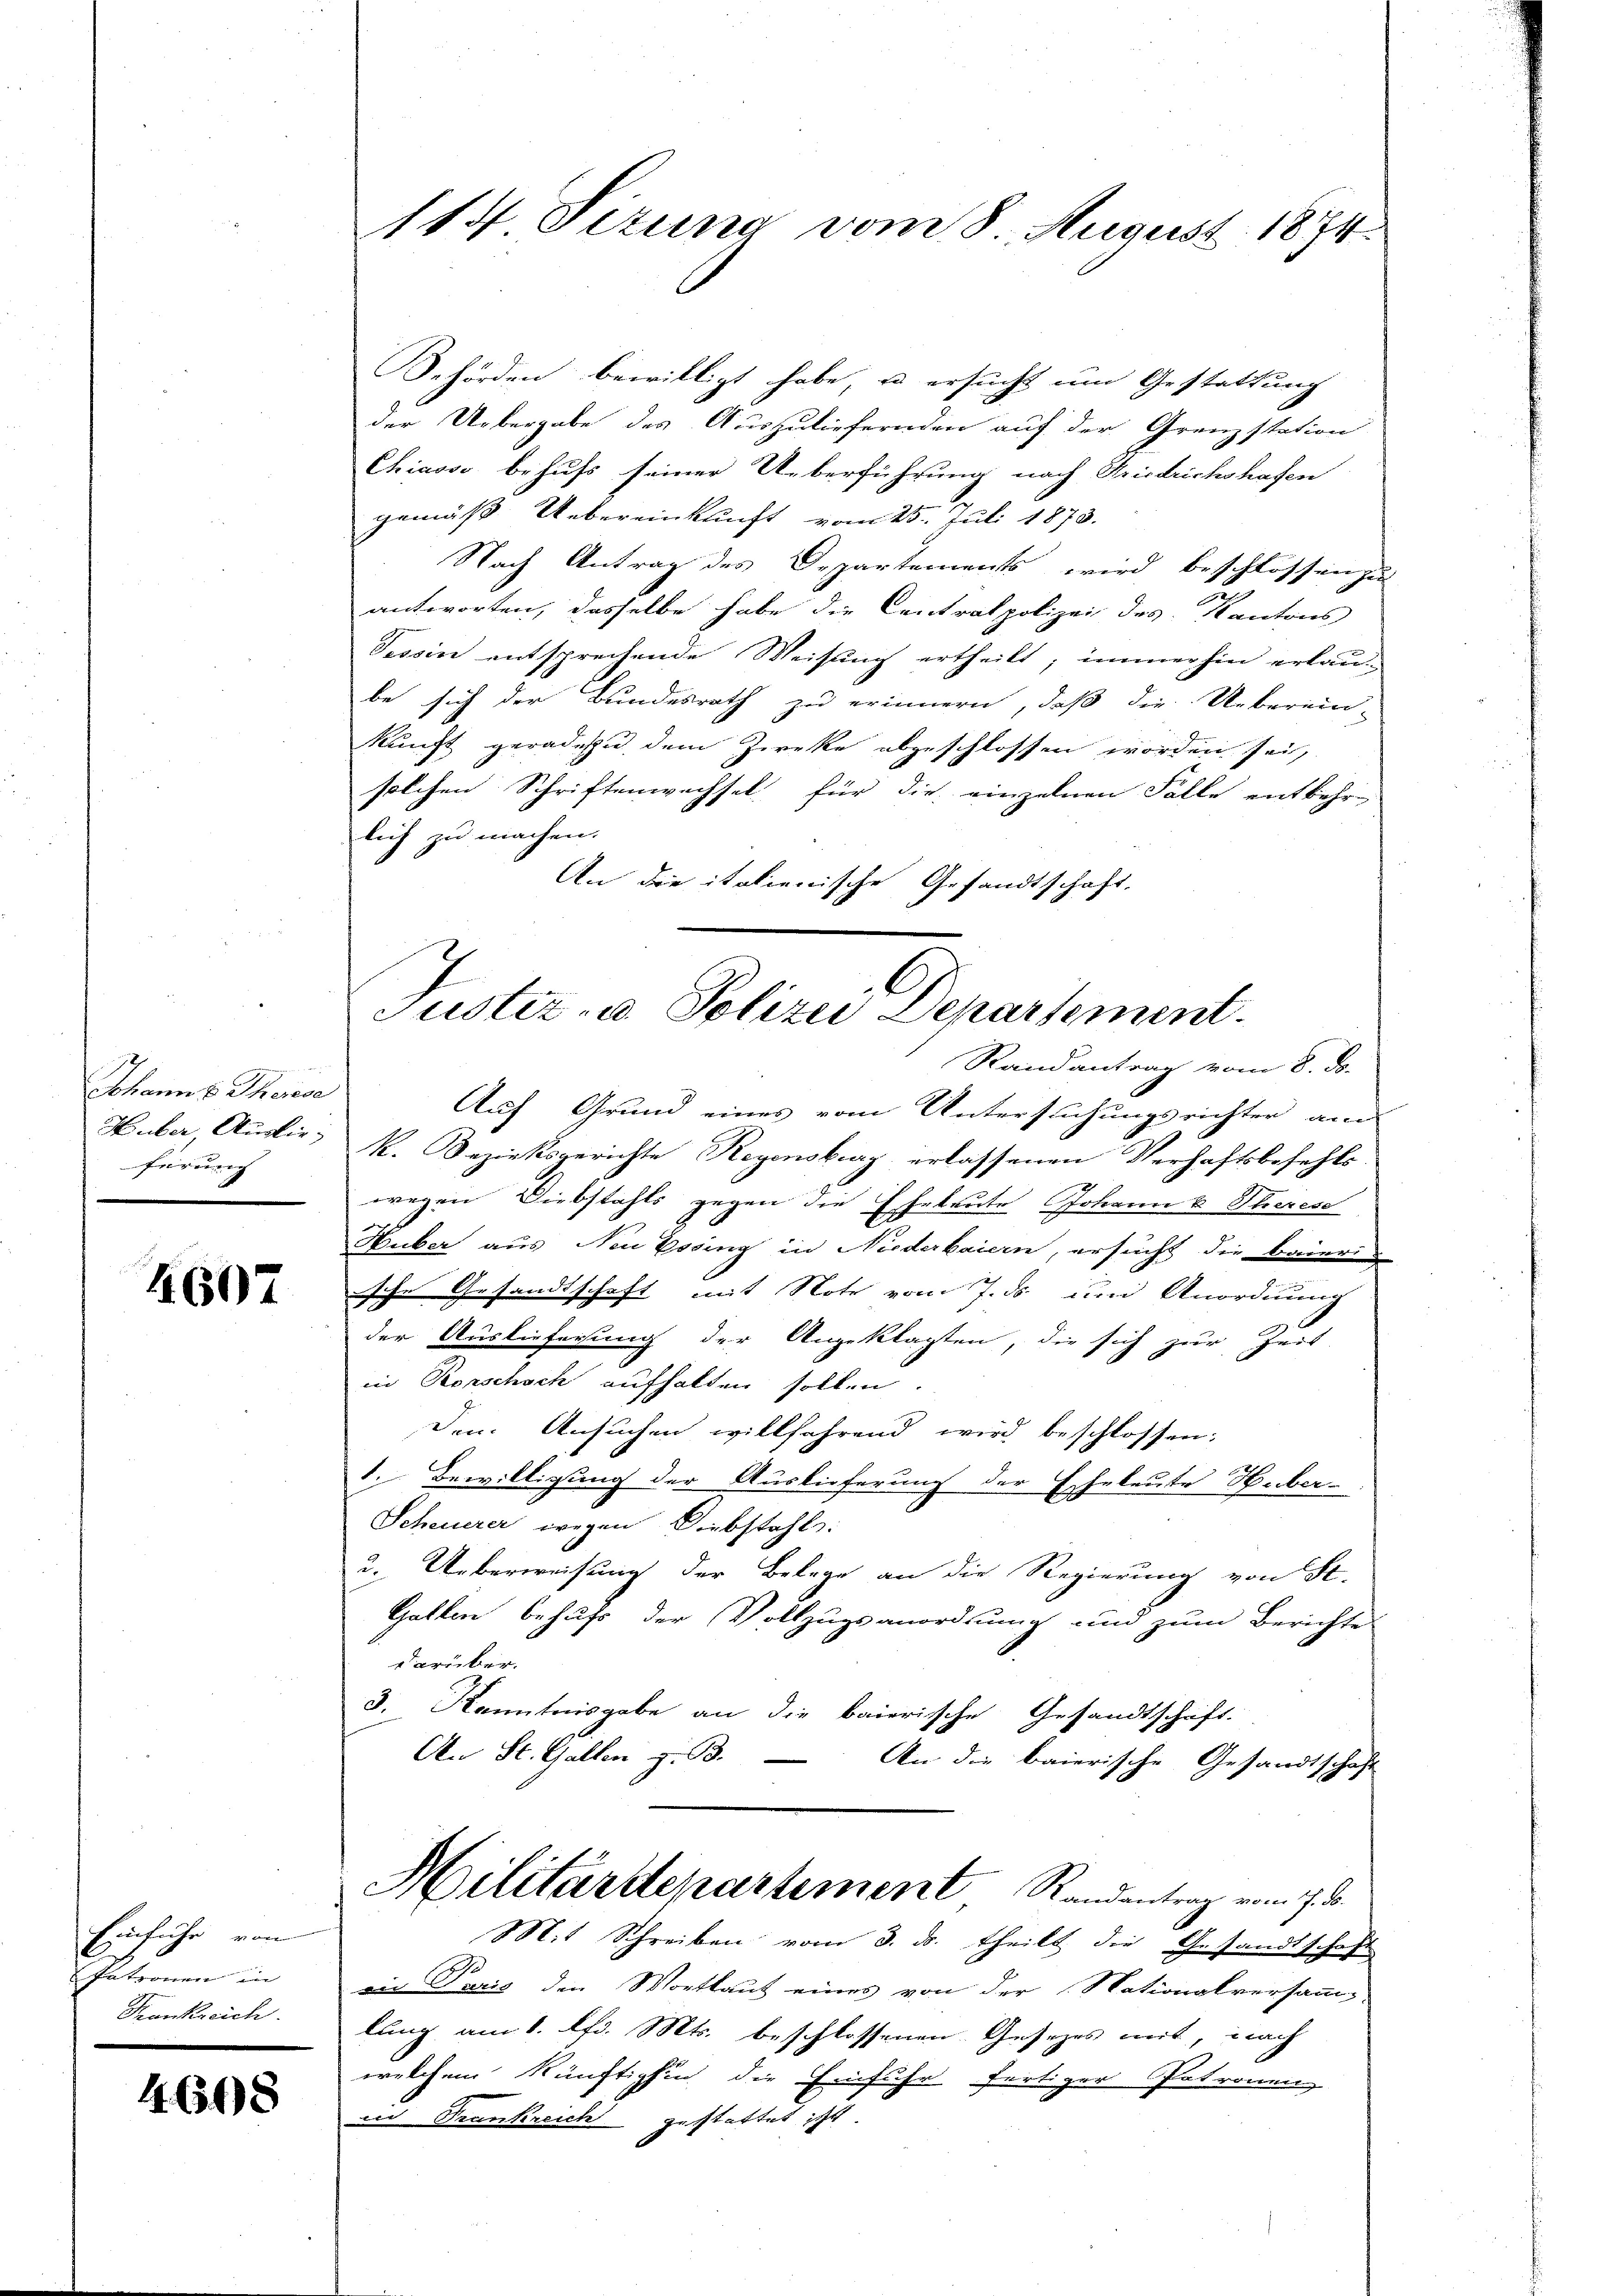
114 Sizung vom 8. August 1894

Behörden bewilligt habe, u ersucht um Gestattung
der Uebergabe des Auszuliefernden auf der Grenzstation
Chiasso behufs seiner Ueberführung nach Friedrichshafen
gemäss Uebereinkunft vom 25. Juli 1873.
Nach Antrag des Departements wird beschlossen zu
antworten, dasselbe habe die Centrat polizei des Kantons
Tessin entsprechende Weisung ertheilt; immerhin erlau-
be sich der Bundesrath zu erinnern, daß die Ueberein-
kunft geradezu dem Zwecke abgeschlossen worden sei,
solchen Schriftenwechsel für die einzelnen Fälle entbehr-
lich zu machen.
An die italienische Gesandtschaft.

Justiz- & Polizei Departement.
Randantrag vom 8. ds.

Auf Grund eines vom Untersuchungsrichter am
k. Beziehtsgerichte Regensburg erlassenen Verhaftsbefehls-
wegen Diebstahls gegen die Eheleute Johann v. Therese
Huber aus Neu Essing in Niederbaiern, ersucht die baierische Gesandtschaft mit Note vom 7. ds um Anordnung
der Auslieferung der Angeklagten, die sich zur Zeit-
in Konschach aufhalten sollen.
Den Ansuchen willfahrend wird beschlossen:
1. Bewilligung der Auslieferung der Eheleute Huber-
Scheuerer wegen Diebstahl:
u. Ueberweisung der Belege an die Regierung von St.
Gatten behufs der Vollzugsanordnung und zum Berichte
darüber.
3. Kenntnisgabe an die baierische Gesandtschaft.
An St. Gallen z. B. An die baierische Gesandtschaft
Militärdepartement Randantrag vom 7. d.
Mit Schreiben vom 3. ds. theilt die Gesandtschaft
ein Paris den Wortlaut eines von der Nationalversamm-
lung am 1. lfd. Mts. beschlossenen Gesezes mit, nach
welchem künftighin die Einfuhr fertiger Patronenz
id Trankreich gestattet ist.

Johanns Thorise
Huber Ausliefürung

4607

Einfuhr von
Patronen in
Frankreich.

4608